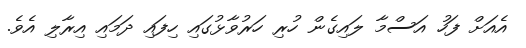
އެއަށް ފަހު އަސްމާ ލައިގެން ހުރި ހަރުވާޅުގައި ހިފައި ދަމައި އިރާލި އެވެ.